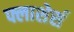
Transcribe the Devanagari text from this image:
फ्लाशेर्स